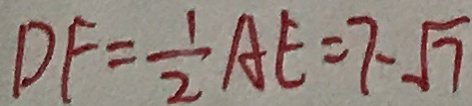
D F = \frac { 1 } { 2 } A E = 7 - \sqrt { 7 }